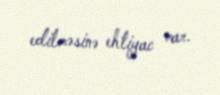
edilməsinə ehtiyac var.